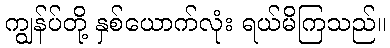
ကျွန်ပ်တို့ နှစ်ယောက်လုံး ရယ်မိကြသည်။